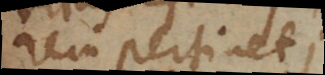
rem pertinet;